Annual statistical returns and brief notes on vaccination in Bengal - 1896-1909
Year: 1896
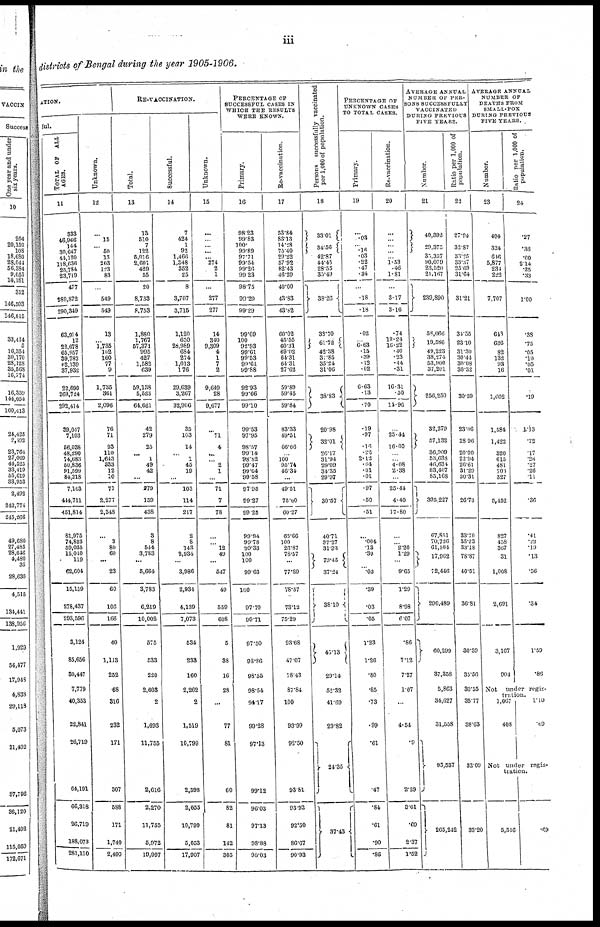
iii
districts of Bengal during the year 1905-1906.
ATION.
ful.
TOTAL OF ALL
AGES.
11
333
46,966
144
30,647
44,120
118,636
25,784
23,719
477
289,872
290,349
63,914
12
22,678
65,957
39,782
62,139
37,932
22,690
269,724
292,414
39,047
7,103
56,038
48,290
74,683
50,836
91,599
84,218
7,103
444,711
451,814
81,975
74,823
59,035
15,040
119
62,604
15,159
278,437
293,596
3,124
85,656
30,447
7,779
40,353
22,841
26,719
64,191
66,318
26,719
188,073
281,110
Unknown.
12
...
15
... 60
13
263
123
83
...
549
549
13
... 1,735
102
160
77
9
1,735
361
2,096
76
71
93
110
1,643
333
12
10
71
2,277
2,348
...
3
80
60
...
23
60
106
166
40
1,113
252
68
316
232
171
307
588
171
1,740
2,499
RE-VACCINATION.
Total.
13
13
510
7
122
5,016
2,601
429
55
20
8,733
8,753
1,880
1,767
57,371
995
427
1,582
639
59,138
5,523
64,661
42
279
25
... 1
49
42
...
279
159
438
3
8
544
3,783
...
5,664
3,783
6,219
10,002
575
533
220
2,603
2
1,693
11,755
2,616
2,270
11,755
5,972
19,997
Successful.
14
7
424
1
92
1,466
1,348
352
25
8
3,707
3,715
1,120
650
28,989
684
274
1,013
176
29,639
3,267
32,906
35
103
14
... 1
45
19
...
103
114
217
2
8
143
2,934
...
3,986
2,934
4,139
7,073
534
233
160
2,262
2
1,519
10,799
2,398
2,055
10,799
5,053
17,907
Unknown.
15
...
...
...
...
... 274
2
1
...
277
277
14
340
9,309
4
1
7
2
9,649
28
9,677
...
71
4
...
... 2
1
...
71
7
78
...
... 12
49
...
547
49
559
608
5
38
16
28
...
77
81
60
82
81
142
305
PERCENTAGE OF
SUCCESSFUL CASES IN
WHICH THE RESULTS
WERE KNOWN.
Primary.
16
98.23
99.83
100.
99.89
97.71
99.54
99.26
99.23
98.75
99.29
99.29
99.69
100
92.93
99.61
99.53
99.61
99.88
92.93
99.66
99.10
99.53
97.95
98.57
99.14
98.82
99.47
99.64
99.58
97.95
99.27
99.25
99.94
99.78
99.33
100
100
99.63
100
97.70
99.71
97.50
98.86
98.55
98.54
94.17
99.28
97.13
99.12
96.03
97.13
98.88
98.03
Re-vaccination.
17
53.84
83.13
14.28
75.40
29.22
57.92
82.43
46.29
40.00
43.83
43.82
60.02
45.55
60.31
69.02
64.31
64.31
27.62
59.89
59.45
59.84
83.33
49.51
66.66
... 100
95.74
46.34
...
49.51
75.00
60.27
63.66
100
26.87
78.57
...
77.89
78.57
73.12
75.29
93.68
47.07
78.43
87.84
100
93.99
92.50
93.81
93.92
92.60
86.67
90.93
Persons successfully vaccinated
per 1,000 of population.
18
33.01
34.56
42.87
44.45
28.55
35.49
38.26
33.70
61.72
42.38
31.85
35.24
31.06
38.83
20.98
32.01
26.17
31.94
29.09
34.35
29.97
30.57
40.71
37.27
31.93
79.45
37.24
38.10
45.13
29.14
52.32
41.69
29.82
24.35
37.43
PERCENTAGE OF
UNKNOWN CASES
TO TOTAL CASES.
Primary.
19
...
.03
... .16
.03
.22
.47
.34
...
.18
.18
.02
... 6.63
.15
.39
.12
.02
6.63
.13
.70
.19
.97
.11
.22
2.12
.64
.01
.01
.97
.50
.51
...
.004
.13
.39
...
.03
.39
.03
.05
1.23
1.26
.80
.85
.73
.99
.61
.47
.84
.61
.90
.86
Re-vaccination.
20
...
...
...
...
... 1.53
. 46
1.81
...
3.17
3.16
.74
19.24
16.22
.40
.23
.44
.31
16.31
.50
11.96
...
25.44
16.00
...
... 4.08
2.38
...
25.44
4.40
17.80
...
... 2.20
1.29
...
9.65
1.29
8.98
6.07
.86
7.12
7.27
107
...
4.54
.9
2.29
3.61
.69
2.37
1.52
AVERAGE ANNUAL
NUMBER OF PER-
SONS SUCCESSFULLY
VACCINATED
DURING PREVIOUS
FIVE YEARS.
Number.
21
40,392
29,375
30,357
90,079
23,520
21,167
239,890
58,066
19,586
49,223
38,274
53,900
37,201
256,250
32,279
57,132
36,909
53,638
46,631
83,467
85,168
395,227
67,851
70,726
61,504
17,962
72,446
290,489
60,299
37,358
5,863
34,627
31,558
95,537
265,242
Ratio per 1,000 of
population.
22
27.94
32.87
30.25
33.37
25.69
31.64
31.21
34.55
23.10
31.30
30.44
30.08
30.32
30.59
23.06
28.96
20.00
22.94
26.61
31.29
30.31
26.73
33.70
35.23
33.18
78.87
40.51
36.81
30.39
35.56
30.55
35.77
38.63
32.09
33.20
AVERAGE ANNUAL
NUMBER OF
DEATHS FROM
SMALL-POX
DURING PREVIOUS
FIVE YEARS.
Number.
23
404
324
646
5,877
234
222
7,707
643
636
82
132
93
16
1,602
1,584
1,422
320
615
481
700
327
5,452
827
438
367
31
1,008
2,691
3,167
904
Ratio per 1,000 of
population.
24
.27
.36
.60
2.14
.25
.33
1.00
.38
.75
.05
.10
.05
.01
.19
1.13
.72
.17
.26
.27
.26
.11
.36
.41
.22
.19
.13
.56
.34
1.59
.86
Not
under regis-
tration.
1,067
408
1.10
.49
Not under regis-
tration.
5,516
.69